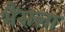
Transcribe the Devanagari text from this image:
भैंसला